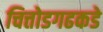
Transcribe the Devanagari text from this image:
चित्तोडगढकडे